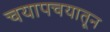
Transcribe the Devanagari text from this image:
चयापचयातून